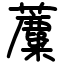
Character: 蘪